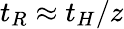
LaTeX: t_{R}\approx t_{H}/z